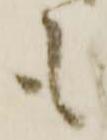
も